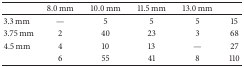
<table><thead><tr><td><b> </b></td><td><b>8.0 mm</b></td><td><b>10.0 mm</b></td><td><b>11.5 mm</b></td><td><b>13.0 mm</b></td><td><b> </b></td></tr></thead><tbody><tr><td>3.3 mm</td><td>—</td><td>5</td><td>5</td><td>5</td><td>15</td></tr><tr><td>3.75 mm</td><td>2</td><td>40</td><td>23</td><td>3</td><td>68</td></tr><tr><td>4.5 mm</td><td>4</td><td>10</td><td>13</td><td>—</td><td>27</td></tr><tr><td> </td><td>6</td><td>55</td><td>41</td><td>8</td><td>110</td></tr></tbody></table>